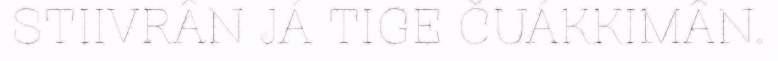
STIIVRÂN JÁ TIGE ČUÁKKIMÂN.